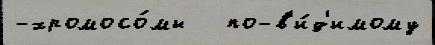
-хромосо́мы   по-в'и́д'имому